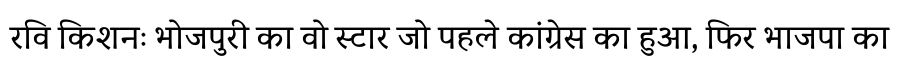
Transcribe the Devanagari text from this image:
रवि किशनः भोजपुरी का वो स्टार जो पहले कांग्रेस का हुआ, फिर भाजपा का